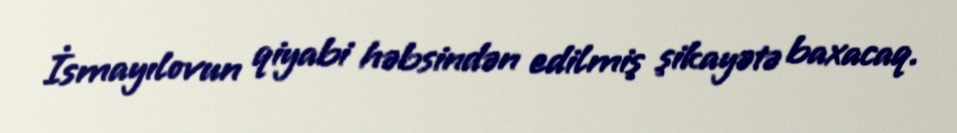
İsmayılovun qiyabi həbsindən edilmiş şikayətə baxacaq.